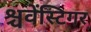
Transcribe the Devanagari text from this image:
श्चवेंस्टिगर